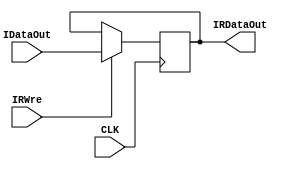
`timescale 1ns / 1ps
//////////////////////////////////////////////////////////////////////////////////
// Company: 
// Engineer: 
// 
// Design Name: 
// Module Name: IR
// Project Name: 
// Target Devices: 
// Tool Versions: 
// Description: 
// 
// Dependencies: 
// 
// Revision:
// Revision 0.01 - File Created
// Additional Comments:
// 
//////////////////////////////////////////////////////////////////////////////////


module IR(
    IRWre, IDataOut, CLK, IRDataOut
);
    input  IRWre;          // IR 
    input [31:0] IDataOut;  // 
    input CLK;             //
    output reg [31:0] IRDataOut; //  
    
   always @(negedge CLK )begin 
        if(IRWre == 1)
            IRDataOut = IDataOut;   //  
        else
            IRDataOut = IRDataOut;  // 
   end 
endmodule